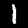
Digit: 1